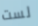
لست